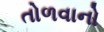
તોળવાનો